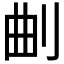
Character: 𭃗